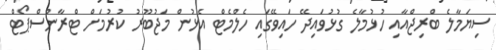
ސިޔަމާލެ ބްރިޖްއާއި ހުޅުމާލެ ގުޅުވައިދޭ ހައިވޭގައި ހެލްމެޓް އެޅުން މަޖުބޫރު ކުރުމަށް ޓްރާންސްޕޯޓް